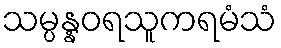
သမ္ပန္နဝရသူကရမံသံ